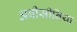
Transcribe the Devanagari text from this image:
अबीसीनिया